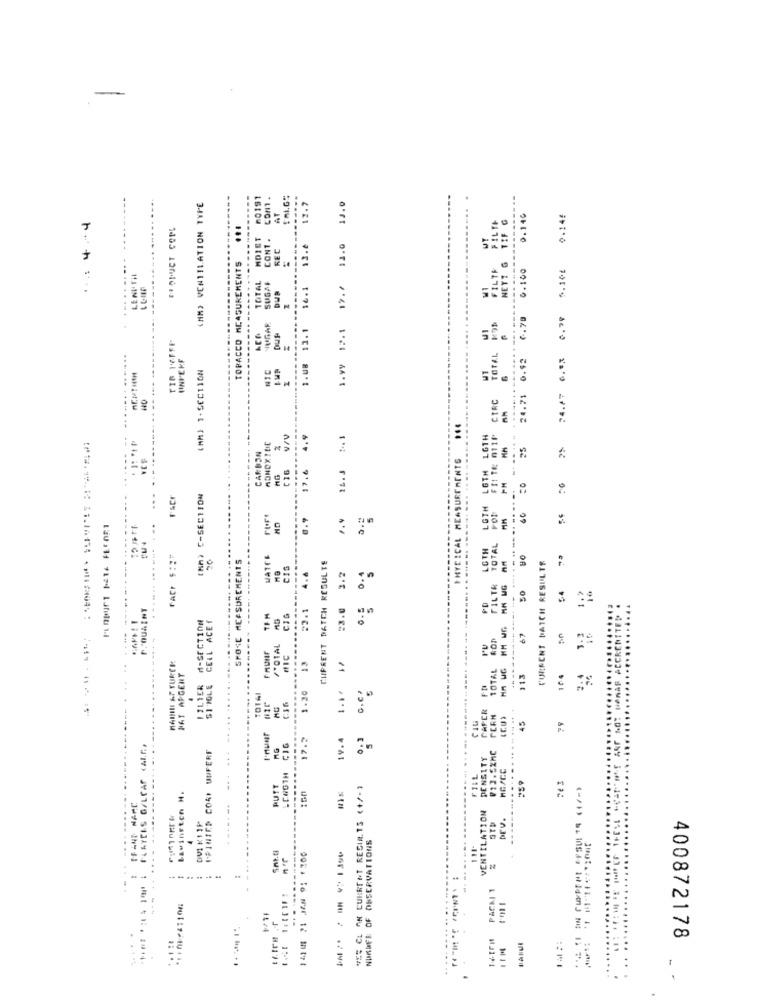
-
60191
------...
17.7
13.9
(MM) VENTILATION TYPE
AT
TIF G
0.140
0.145
..: 4.+4
PODUCT COPL
...
FILTH
HDIST
CONT.
12.0
REC
13.4
NETT G
TOPACCO MEASUREMENTS
FILTR
0.100
5.10₺
........
LENGTH
TOTAL
SUGAF
DUR
16.1
19.7
---
6.79
0.79
------
DUM
1.UB 13.1
1.VY 12.1
UI
55.
.......
UNIEKF
TOTAL
............
0.92
24.47 0.93
(MM) ]- SECTION
.........
--.
CIRC
24.71
...
4.9
LGTH LGTH
⑈111⑆ 011⑈
44. 44
25
2%
CARBON
PHYSICAL MEASUREMENTS
C16
17.6
14.3
..
racr
(NA) C-SECTION
... ...
LGTH
0.9
5
LOTH
TOTAL
GROTE MEASUREMENTS
WATER
CHPRENT DATCH RESULTE
UO
CURRENT BATCH RESULTS
4.4
3.2
FILTR
1.7
50
$4
P.QUAINT
#2.1
23.0
PD
M-SECTION
CELL ACET
TPM
CIG
------
GOD
67
3.3
CRENT
/TOTAL
FRUIF
HABILI AF TURER
1.20 13
TOTAL
WAT ARGENT
:
113
174
LILIER
1.1.
0.E'
5
TOTAI
.
PERN
... ... -...
45
17.2
19.4
FLATEES G/LPAS CALE,
C16
I-FINIED CORI UNFERE
DENSITY
PIJ.SZMC
---
FILL
159
74 3
PUTT
VSE CL AN CURRENT REGIR. TS (+/-)
...
IFANT MARC
Lawinston H.
VENTILATION
........
5
4
NURDER OF OBSERVATIONS
111-
415
...
141| 71 JAN 91 1700
--- --- --
------...
PACKI 1
400872178
.